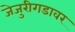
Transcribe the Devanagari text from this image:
जेजुरीगडावर